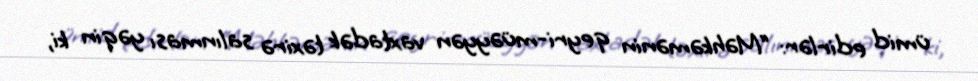
ümid edirlər: “Məhkəmənin qeyri-müəyyən vaxtadək təxirə salınması yəqin ki,